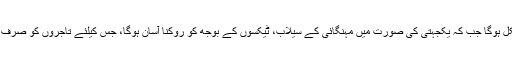
جس کا صنعت کاروں اور تاجروں کو ازالہ کرنا مشکل ہوگا جب کہ یکجہتی کی صورت میں مہنگائی کے سیلاب، ٹٰیکسوں کے بوجھ کو روکنا آسان ہوگا، جس کیلئے تاجروں کو صرف غریب عوام کے مفاد کیلئے کام کو ترجیح دینا ہوگی۔